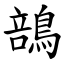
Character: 䳝